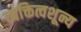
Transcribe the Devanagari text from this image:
व्यक्तित्वशून्य